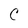
Character: C